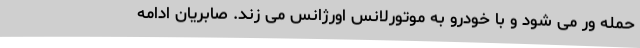
حمله ور می شود و با خودرو به موتورلانس اورژانس می زند. صابریان ادامه